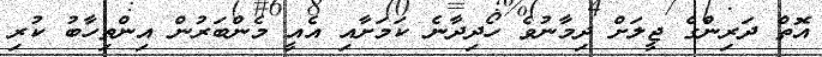
އޮތް ދަރިންގެ ޖީލަށް ދިމާނުވެ ހޯދިދާނެ ކަމަށާއި އެއީ މެންބަރުން އިންތިހާބު ކުރި